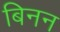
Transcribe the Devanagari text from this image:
बिनन